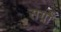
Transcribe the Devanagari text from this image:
सर्ग्रों